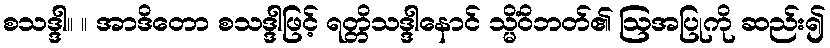
စသဒ္ဒါ။ ။ အာဒိတော စသဒ္ဒါဖြင့် ရတ္တိသဒ္ဒါနောင် သ္မိံဝိဘတ်၏ ဩအပြုကို ဆည်း၍